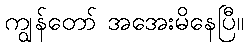
ကျွန်တော် အအေးမိနေပြီ။